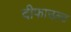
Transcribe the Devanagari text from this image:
दीफाउल्ट